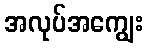
အလုပ်အကျွေး